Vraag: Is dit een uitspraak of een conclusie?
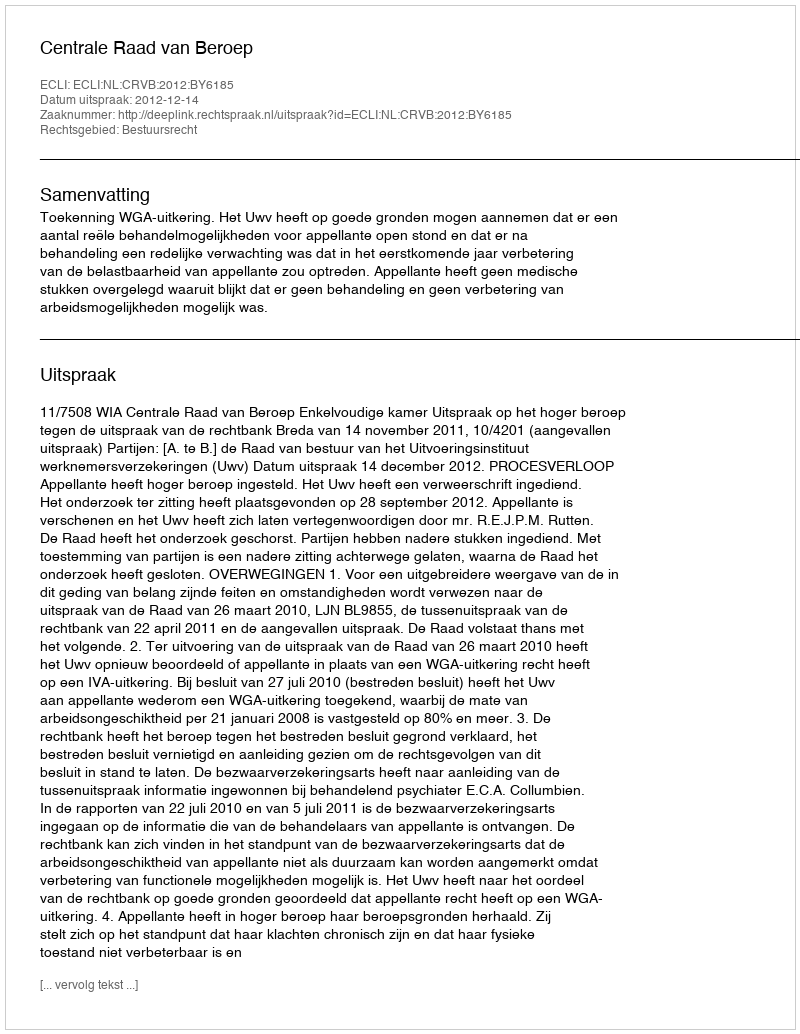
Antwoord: Uitspraak